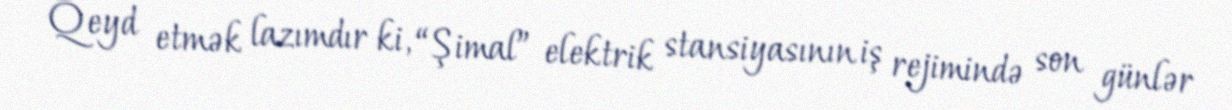
Qeyd etmək lazımdır ki, “Şimal” elektrik stansiyasının iş rejimində son günlər